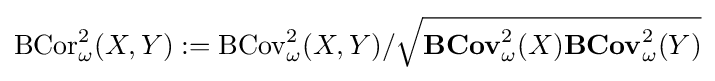
\operatorname {BCor} _{\omega }^{2}(X,Y):=\operatorname {BCov} _{\omega }^{2}(X,Y)/{\sqrt {\mathbf {BCov} _{\omega }^{2}(X)\mathbf {BCov} _{\omega }^{2}(Y)}}